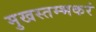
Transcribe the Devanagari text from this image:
मुखस्तम्भकरं